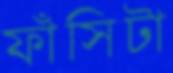
ফাঁসিটা